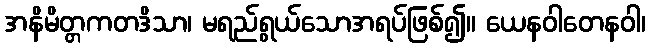
အနိမိတ္တကတဒိသာ၊ မရည်ရွယ်သောအရပ်ဖြစ်၍။ ယေနဝါတေနဝါ၊